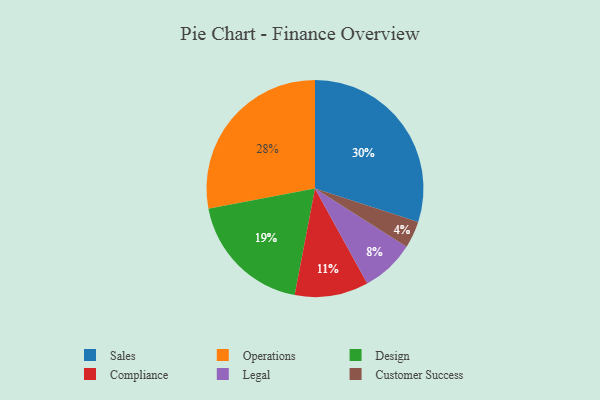
{"axis": {"x": "Category", "y": "Percentage"}, "legend": ["Compliance", "Customer Success", "Design", "Legal", "Operations", "Sales"], "data": [{"x": "Sales", "y": 30, "type": "Sales"}, {"x": "Customer Success", "y": 4, "type": "Customer Success"}, {"x": "Compliance", "y": 11, "type": "Compliance"}, {"x": "Operations", "y": 28, "type": "Operations"}, {"x": "Legal", "y": 8, "type": "Legal"}, {"x": "Design", "y": 19, "type": "Design"}]}